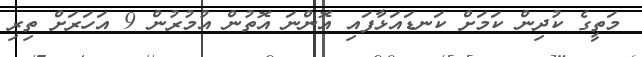
މަތީގެ ކުދިން ކަމަށް ކަނޑައަޅާފައި އޮންނަ އޮތުން އުމުރުން 9 އަހަރަށް ތިރި